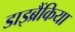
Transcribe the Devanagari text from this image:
डाइब्रैंकिया